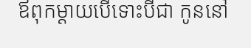
ឪពុកម្តាយបើទោះបីជា កូននៅ